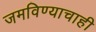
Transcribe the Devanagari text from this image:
जमविण्याचाही